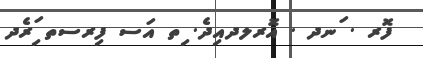
ފޮރ . ަނދ . އޮރލދއިދެ. ިތ އަސ ފިރސތ ަިރެދ